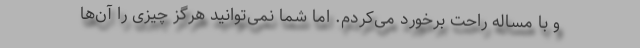
و با مساله راحت برخورد می‌کردم. اما شما نمی‌توانید هرگز چیزی را آن‌ها